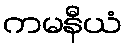
ကမနီယံ